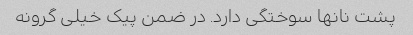
پشت نانها سوختگی دارد. در ضمن پیک خیلی گرونه